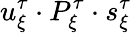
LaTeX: u_{\xi}^{\tau}\cdot P_{\xi}^{\tau}\cdot s_{\xi}^{\tau}